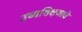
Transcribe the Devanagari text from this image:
उच्चशिक्षणाचे